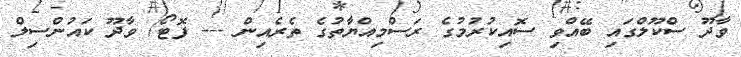
ވާދޫ ސްކޫލްގައި ބޭއްވި ސޮއިކުރުމުގެ ރަސްމިއްޔާތުގެ ތެރެއިން --- ފޮޓޯ/ ވާދޫ ކައުންސިލް